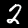
Digit: 2